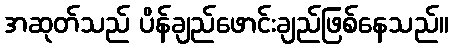
အဆုတ်သည် ပိန်ချည်ဖောင်းချည်ဖြစ်နေသည်။